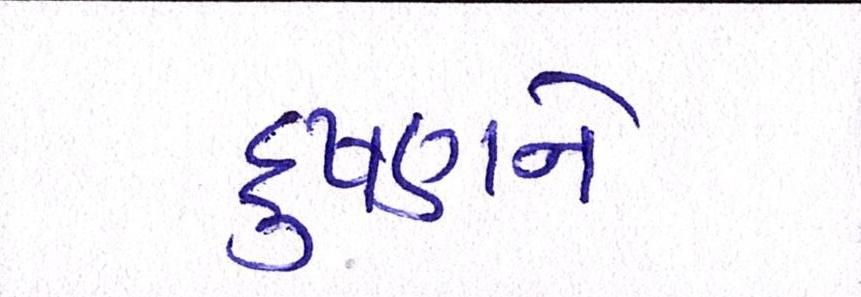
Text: દુષણને